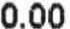
0.00